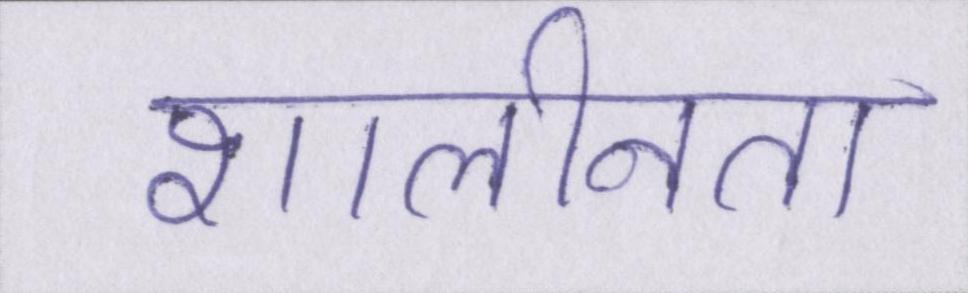
शालीनता